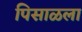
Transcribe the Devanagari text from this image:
पिसाळला